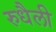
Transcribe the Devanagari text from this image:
रुधैली